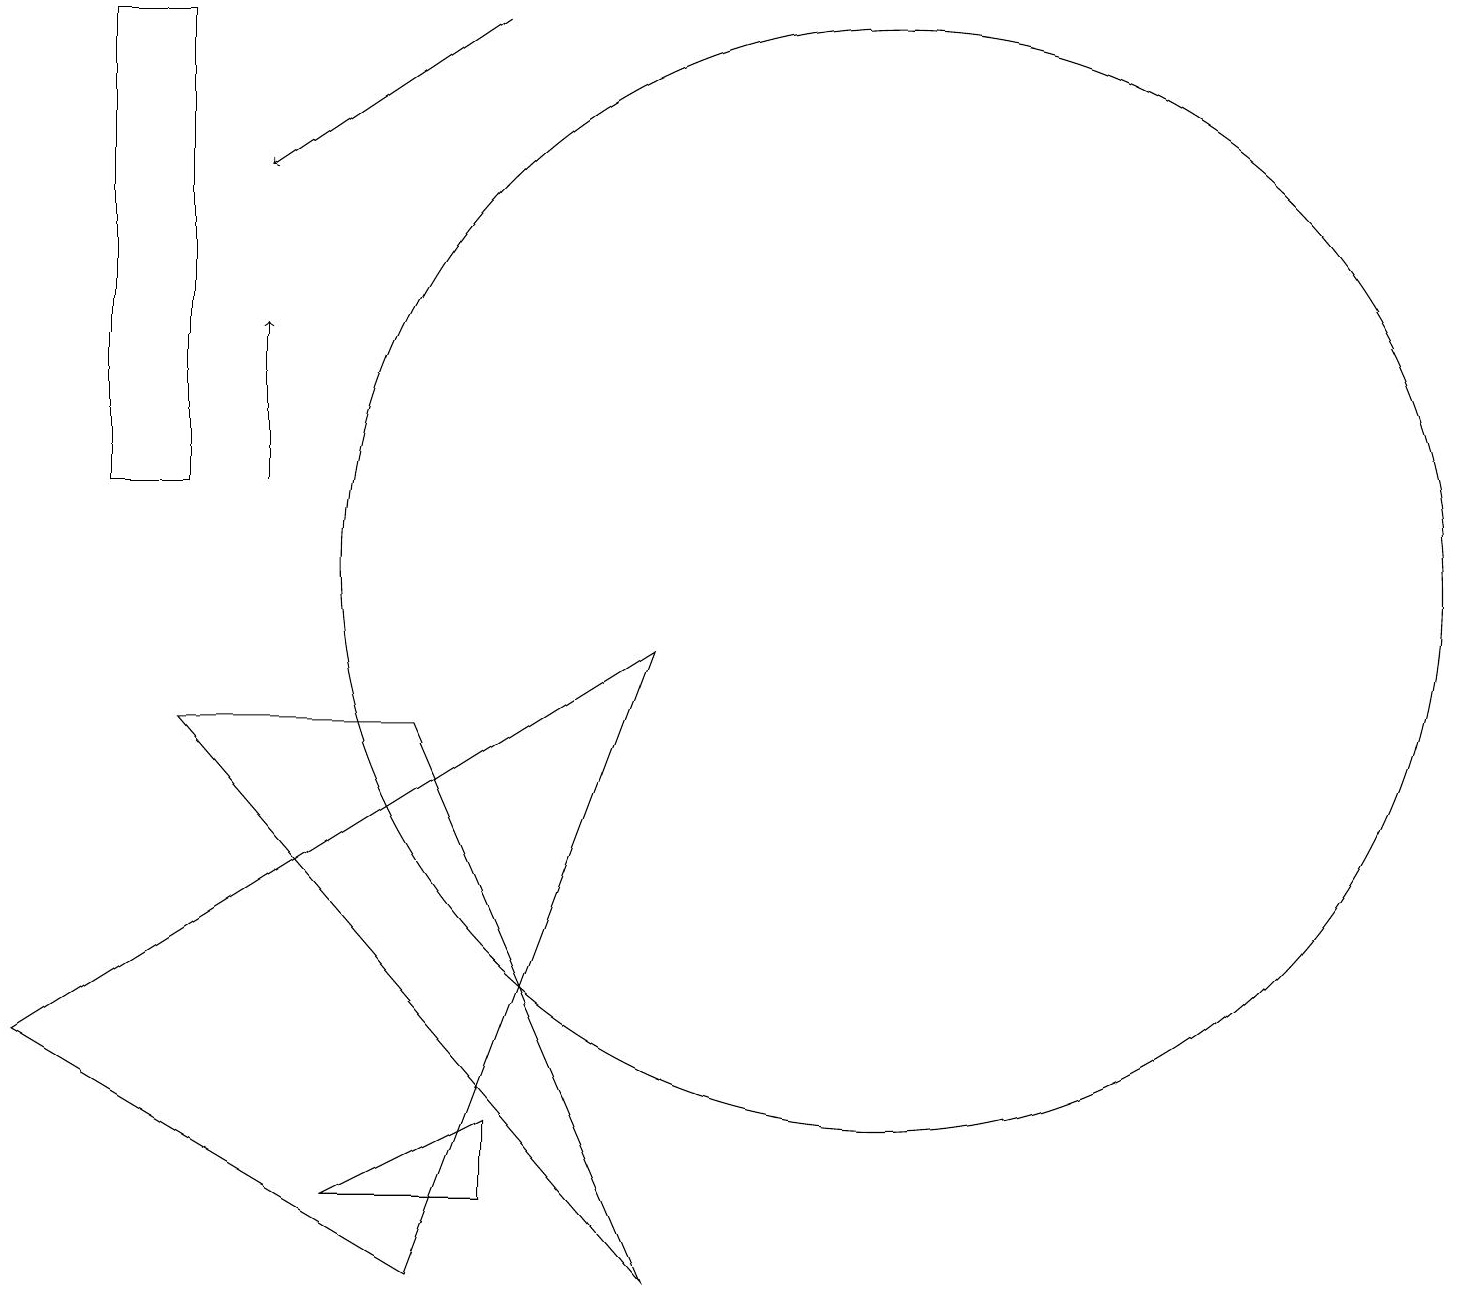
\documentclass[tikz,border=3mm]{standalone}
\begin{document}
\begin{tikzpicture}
\draw (9,1) -- (3,8) -- (6,8) -- cycle;
\draw[->] (4,11) -- (4,13);
\draw (12,10) circle (7);
\draw (9,9) -- (1,4) -- (6,1) -- cycle;
\draw (3,17) rectangle (2,11);
\draw[->] (7,17) -- (4,15);
\draw (5,2) -- (7,3) -- (7,2) -- cycle;
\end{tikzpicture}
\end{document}